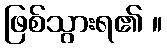
ဖြစ်သွားရ၏ ။